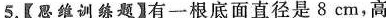
5.【思维训练题有一根底面直径是 8 cm，高